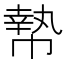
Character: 𰏞